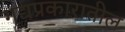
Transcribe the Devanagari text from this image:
गद्यप्रकारातील